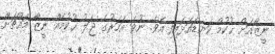
ނީޒާއަށް ޙުކުމް ކަނޑައަޅައިފި އެވެ. ނުވަ އަހަރުގެ ޖަލު ޙުކުމެއް ނީޒާ މައްޗަށް